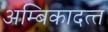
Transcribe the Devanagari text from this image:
अम्बिकादत्‍त